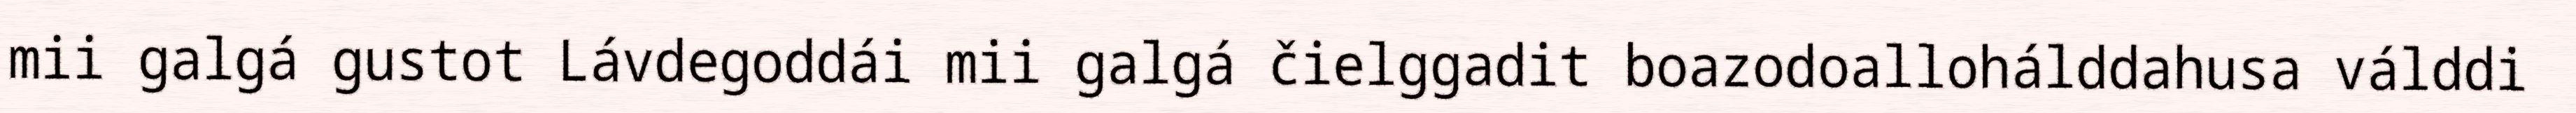
mii galgá gustot Lávdegoddái mii galgá čielggadit boazodoallohálddahusa válddi